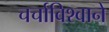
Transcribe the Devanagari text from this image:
चर्चाविश्वाने